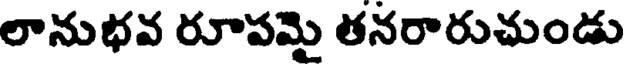
లానుభవ రూపమై తనరారుచుండు